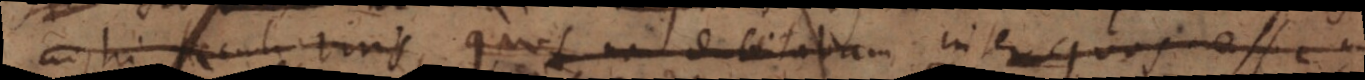
nostri seculi viris, quos non dubitabam inter quos esse